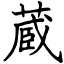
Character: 蔵